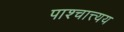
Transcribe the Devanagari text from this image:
पाश्चात्त्यय